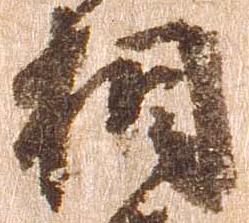
相